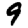
Digit: 9